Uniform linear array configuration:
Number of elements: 12
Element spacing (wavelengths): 0.5
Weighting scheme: exponential
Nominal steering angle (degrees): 60
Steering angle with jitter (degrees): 59.944
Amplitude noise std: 0.05
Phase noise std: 0.05

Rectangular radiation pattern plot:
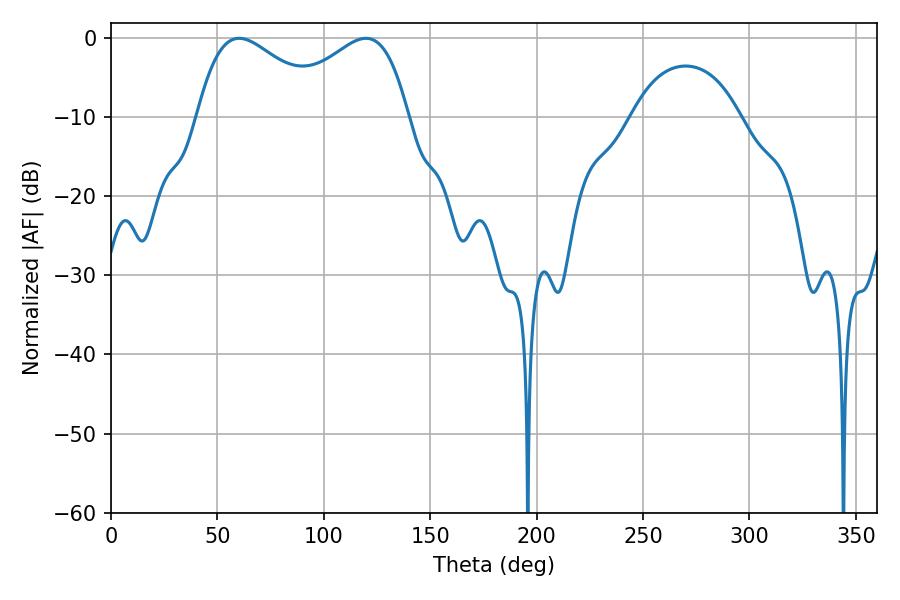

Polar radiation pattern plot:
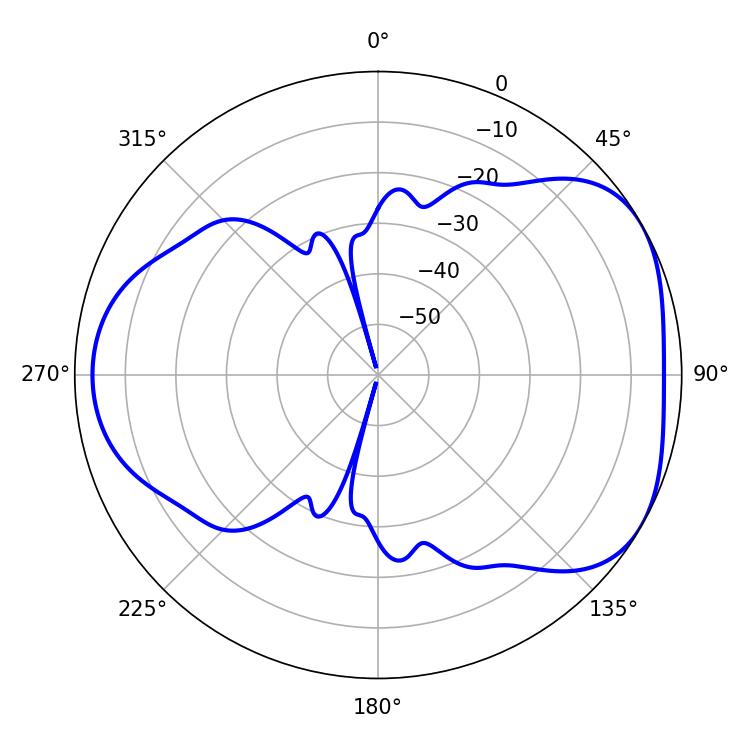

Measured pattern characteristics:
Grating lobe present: FALSE
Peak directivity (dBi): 4.496
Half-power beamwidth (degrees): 33.3
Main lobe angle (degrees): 60.3